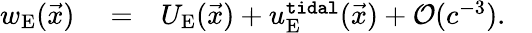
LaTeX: \begin{array}{rlr}{w_{\mathrm{E}}(\vec{x})}&{{}=}&{U_{\mathrm{E}}(\vec{x})+u_{\mathrm{E}}^{\tt tidal}(\vec{x})+{\cal O}(c^{-3}).~~~}\end{array}